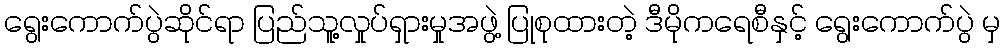
ရွေးကောက်ပွဲဆိုင်ရာ ပြည်သူ့လှုပ်ရှားမှုအဖွဲ့ ပြုစုထားတဲ့ ဒီမိုကရေစီနှင့် ရွေးကောက်ပွဲ မှ